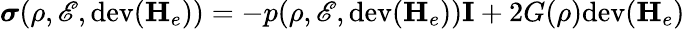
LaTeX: \boldsymbol\sigma(\rho,\mathscr{E},\mathrm{dev}(\mathbf{H}_{e}))=-p(\rho,\mathscr{E},\mathrm{dev}(\mathbf{H}_{e}))\mathbf{I}+2G(\rho)\mathrm{dev}(\mathbf{H}_{e})